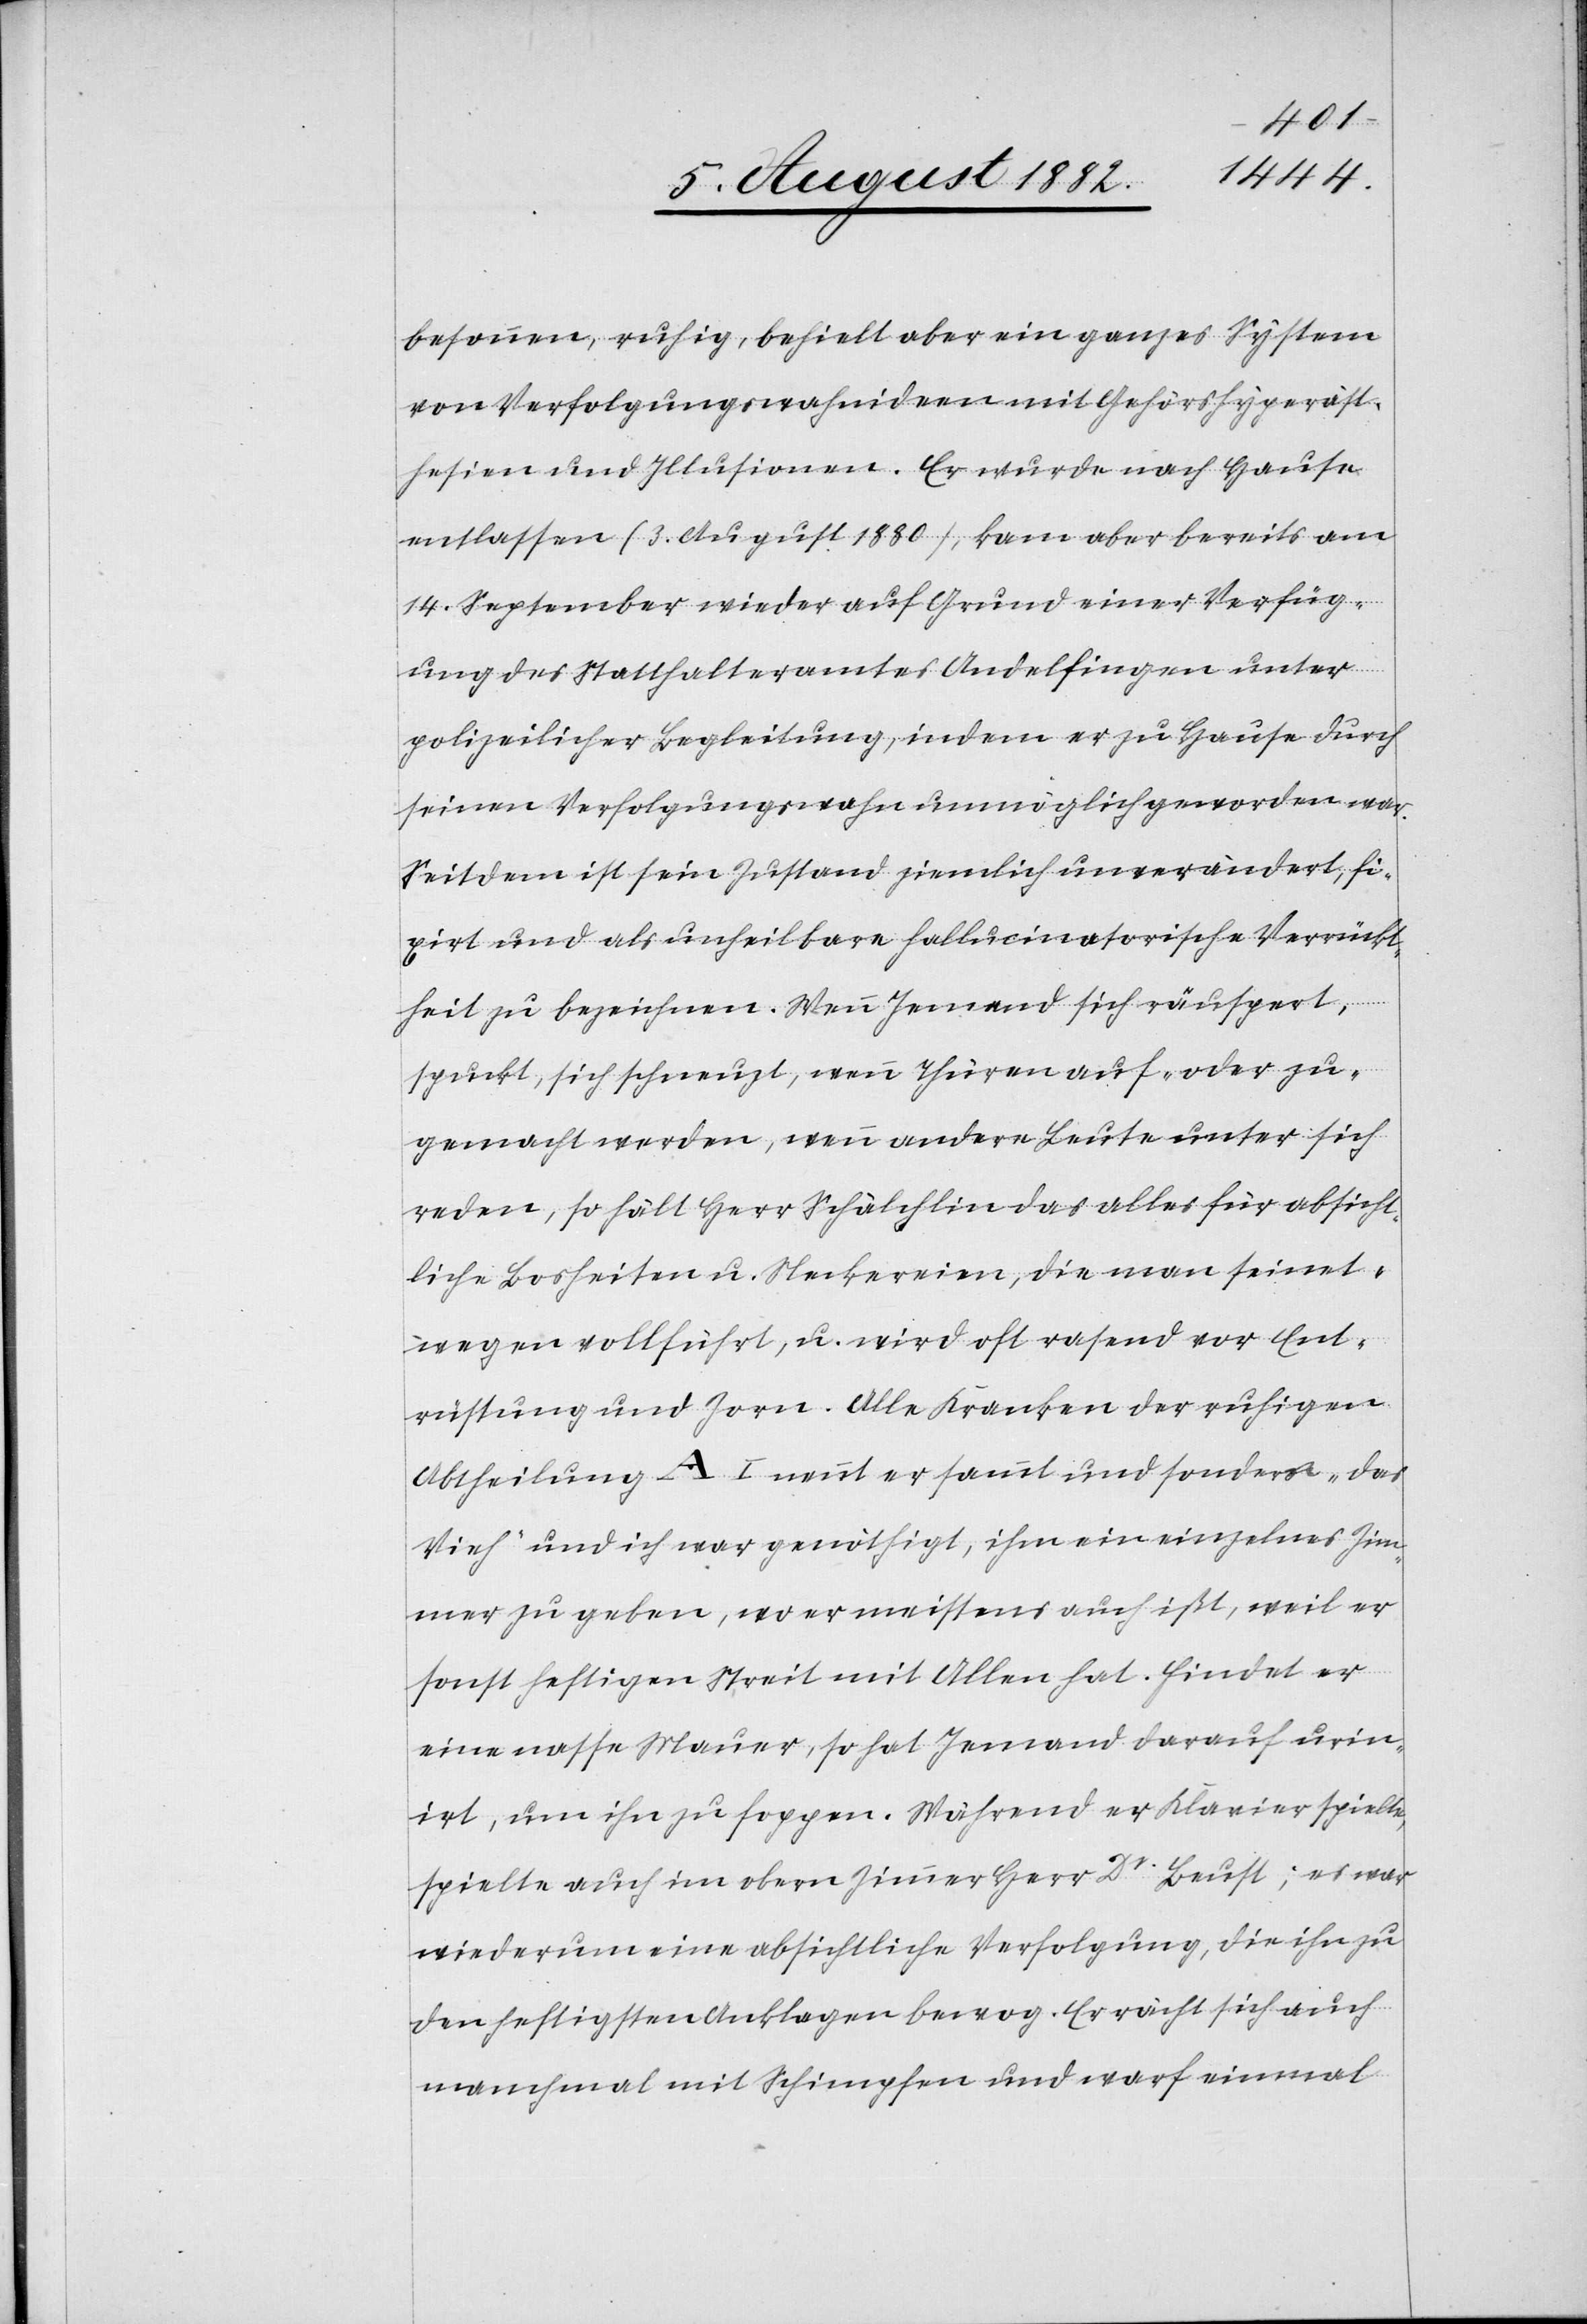
besonnen, ruhig, behielt aber ein ganzes System
von Verfolgungswahnideen mit Gehörshyperäst¬
hesien und Illusionen. Er wurde nach Hause
entlassen (3. August 1880), kam aber bereits am
14. September wieder auf Grund einer Verfüg¬
ung des Statthalteramtes Andelfingen unter
polizeilicher Begleitung, indem er zu Hause durch
seinen Verfolgungswahn unmöglich geworden war.
Seitdem ist sein Zustand ziemlich unverändert, fi¬
xirt und als unheilbare hallucinatorische Verrückt¬
heit zu bezeichnen. Wenn Jemand sich räuspert,
spuckt, sich schneuzt, wenn Thüren auf- oder zu¬
gemacht werden, wenn andere Leute unter sich
reden, so hält Herr Schälchlin das alles für absicht¬
liche Bosheiten u. Neckereien, die man seinet¬
wegen vollführt, u. wird oft rasend vor Ent¬
rüstung und Zorn. Alle Kranken der ruhigen
Abtheilung A I nennt er sammt und sonders „das
Vieh“ und ich war genöthigt, ihm ein einzelnes Zim¬
mer zu geben, wo er meistens auch ißt, weil er
sonst heftigen Streit mit Allen hat. Findet er
eine nasse Mauer, so hat Jemand darauf urin¬
irt, um ihn zu foppen. Während er Klavier spielte,
spielte auch im obern Zimmer Herr Dr Beust; es war
wiederum eine absichtliche Verfolgung, die ihn zu
den heftigsten Anklagen bewog. Er rächt sich auch
manchmal mit Schimpfen und warf einmal